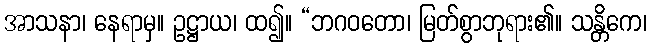
အာသနာ၊ နေရာမှ။ ဥဋ္ဌာယ၊ ထ၍။ “ဘဂဝတော၊ မြတ်စွာဘုရား၏။ သန္တိကေ၊